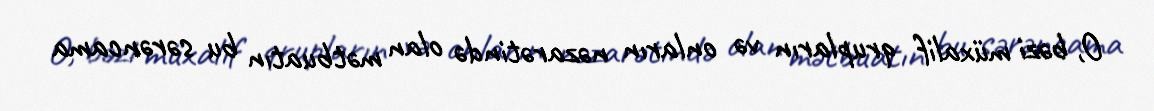
O, bəzi müxalif qrupların və onların nəzarətində olan mətbuatın bu sərəncama